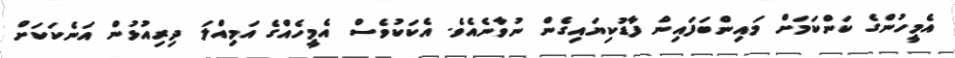
އެމީހުންގެ ކަންކަމަށް މައިންބަފައިން ފާޑުކިޔައިގެން ނުވާނެއެވެ. އެކަކުވެސް އެމީހެއްގެ އަމިއްލަ ދިރިއުޅުން އަނެކަކަށް